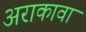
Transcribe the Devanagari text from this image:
अराकावा